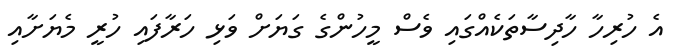
އެ ހުރިހާ ހާދިސާތަކެއްގައި ވެސް މީހުންގެ ގަޔަށް ވަޅި ހަރާފައި ހުރީ މެޔަށާއި